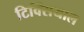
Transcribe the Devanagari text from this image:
टिक्सियाल